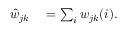
\begin{array} { r l } { \hat { w } _ { j k } } & { { } = \sum _ { i } w _ { j k } ( i ) . } \end{array}